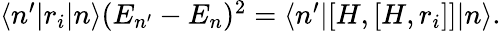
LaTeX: \begin{array}{r}{\langle n^{\prime}|r_{i}|n\rangle(E_{n^{\prime}}-E_{n})^{2}=\langle n^{\prime}|[H,[H,r_{i}]]|n\rangle.}\end{array}